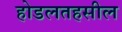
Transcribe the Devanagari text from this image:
होडलतहसील